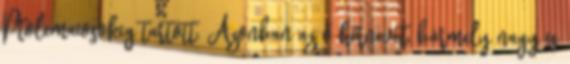
Ptolemaiosokig tartott. Azonban az ő hirnevét, bármely nagy is